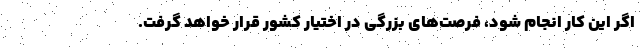
اگر این کار انجام شود، فرصت‌های بزرگی در اختیار کشور قرار خواهد گرفت.